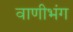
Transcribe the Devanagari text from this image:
वाणीभंग